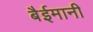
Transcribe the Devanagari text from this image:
बैईमानी